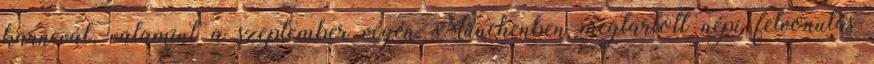
karnevál, valamint a szeptember végén Münchenben megtartott népi felvonulás